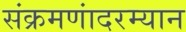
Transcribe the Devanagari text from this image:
संक्रमणांदरम्यान